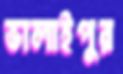
ভালাইপুর